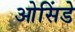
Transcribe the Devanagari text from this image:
ओसिंडे